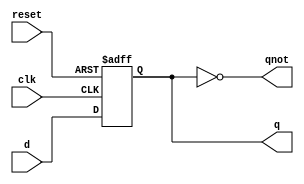
module dff_asyncreset (clk,d,reset,q,qnot);

input clk,d,reset;
output reg q;
output qnot;

always @(posedge clk or negedge reset) begin
    
    if (!reset) begin
        q <= 1'b0;
    end

    else
        q <= d;
        
end

assign qnot = ~q;
    
endmodule